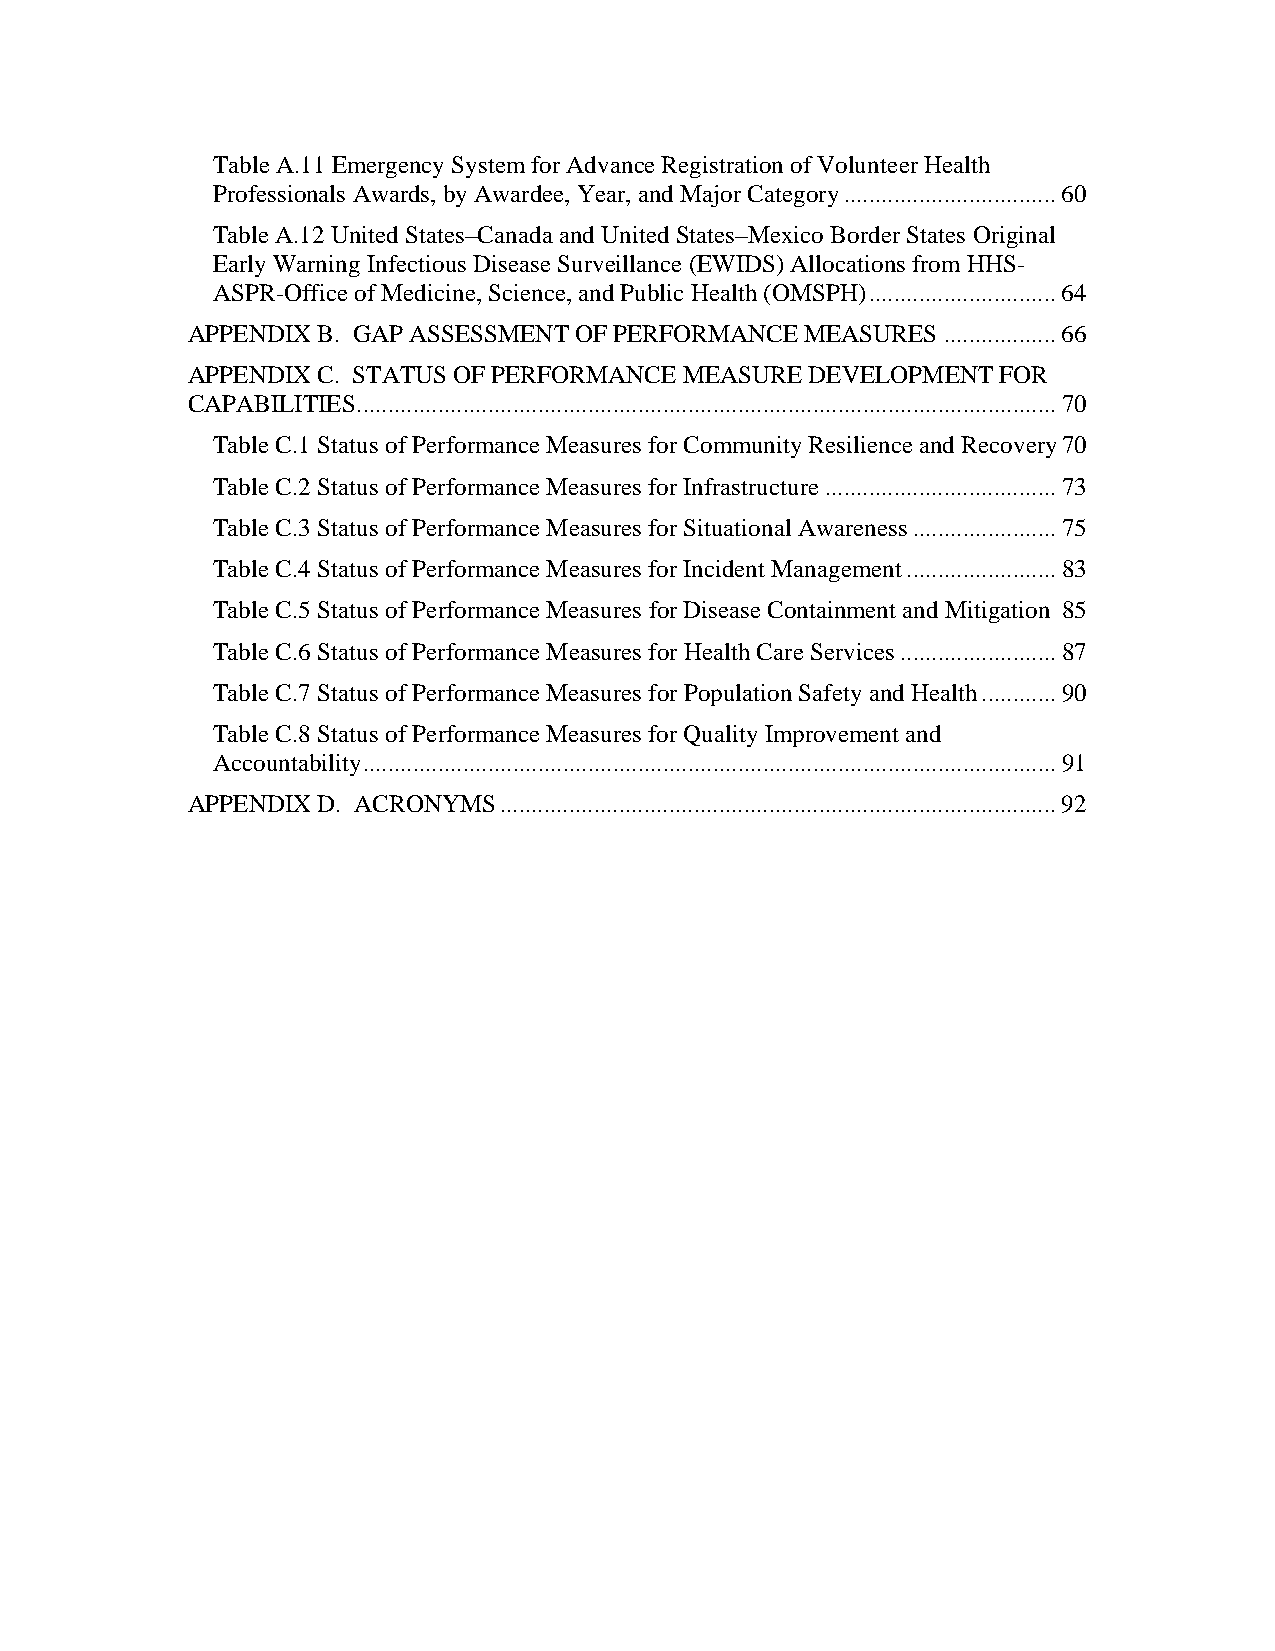
Table A.11 Emergency System for Advance Registration of Volunteer Health
 Professionals Awards, by Awardee, Year, and Major Category .................................. 60
 Table A.12 United States–Canada and United States–Mexico Border States Original
 Early Warning Infectious Disease Surveillance (EWIDS) Allocations from HHS-
 ASPR-Office of Medicine, Science, and Public Health (OMSPH) .............................. 64
 APPENDIX B. GAP ASSESSMENT OF PERFORMANCE MEASURES .................. 66
 APPENDIX C. STATUS OF PERFORMANCE MEASURE DEVELOPMENT FOR
 CAPABILITIES................................................................................................................ 70
 Table C.1 Status of Performance Measures for Community Resilience and Recovery 70
 Table C.2 Status of Performance Measures for Infrastructure ..................................... 73
 Table C.3 Status of Performance Measures for Situational Awareness ....................... 75
 Table C.4 Status of Performance Measures for Incident Management ........................ 83
 Table C.5 Status of Performance Measures for Disease Containment and Mitigation 85
 Table C.6 Status of Performance Measures for Health Care Services ......................... 87
 Table C.7 Status of Performance Measures for Population Safety and Health ............ 90
 Table C.8 Status of Performance Measures for Quality Improvement and
 Accountability............................................................................................................... 91
 APPENDIX D. ACRONYMS ......................................................................................... 92